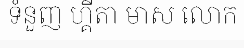
ទំនួញ ហ្គីតា មាស លោក